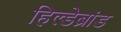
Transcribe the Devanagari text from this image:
हिल्डेब्रांड